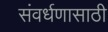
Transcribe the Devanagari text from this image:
संवर्धणासाठी